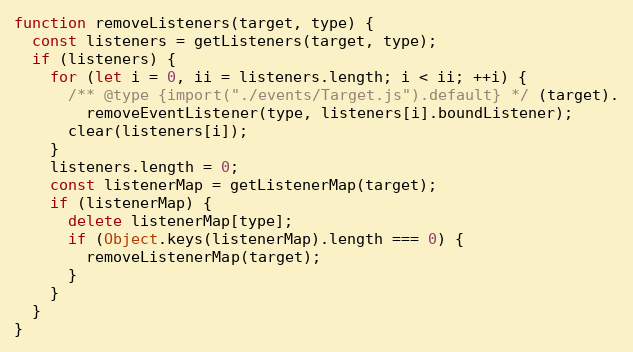
Language: JavaScript
function removeListeners(target, type) {
  const listeners = getListeners(target, type);
  if (listeners) {
    for (let i = 0, ii = listeners.length; i < ii; ++i) {
      /** @type {import("./events/Target.js").default} */ (target).
        removeEventListener(type, listeners[i].boundListener);
      clear(listeners[i]);
    }
    listeners.length = 0;
    const listenerMap = getListenerMap(target);
    if (listenerMap) {
      delete listenerMap[type];
      if (Object.keys(listenerMap).length === 0) {
        removeListenerMap(target);
      }
    }
  }
}